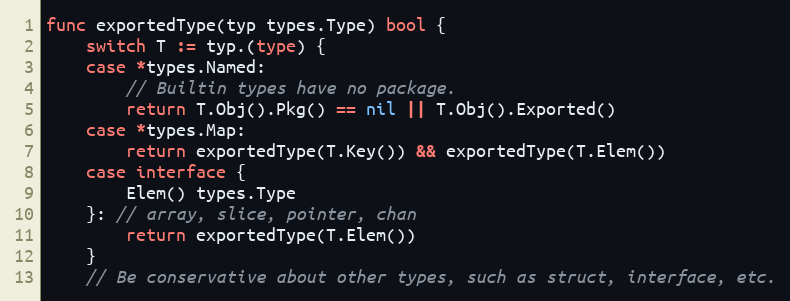
Language: Go
func exportedType(typ types.Type) bool {
	switch T := typ.(type) {
	case *types.Named:
		// Builtin types have no package.
		return T.Obj().Pkg() == nil || T.Obj().Exported()
	case *types.Map:
		return exportedType(T.Key()) && exportedType(T.Elem())
	case interface {
		Elem() types.Type
	}: // array, slice, pointer, chan
		return exportedType(T.Elem())
	}
	// Be conservative about other types, such as struct, interface, etc.